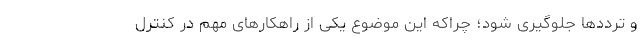
و ترددها جلوگیری شود؛ چراکه این موضوع یکی از راهکارهای مهم در کنترل